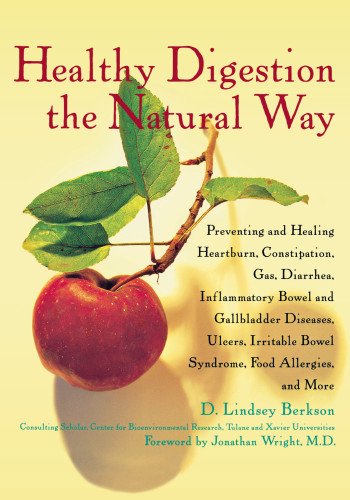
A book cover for Healthy Digestion the Natural Way: Preventing and Healing Heartburn, Constipation, Gas, Diarrhea, Inflammatory Bowel and Gallbladder Diseases, Ulcers, Irritable Bowel Syndrome, and More; D. Lindsey Berkson; Health, Fitness & Dieting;